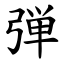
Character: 弾